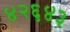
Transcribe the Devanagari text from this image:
४२६४३